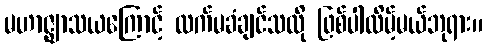
မဟာဇ္ဈာသယကြောင့် လက်မခံချင်သလို ဖြစ်ပါလိမ့်မယ်ဘုရား။